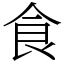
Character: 食